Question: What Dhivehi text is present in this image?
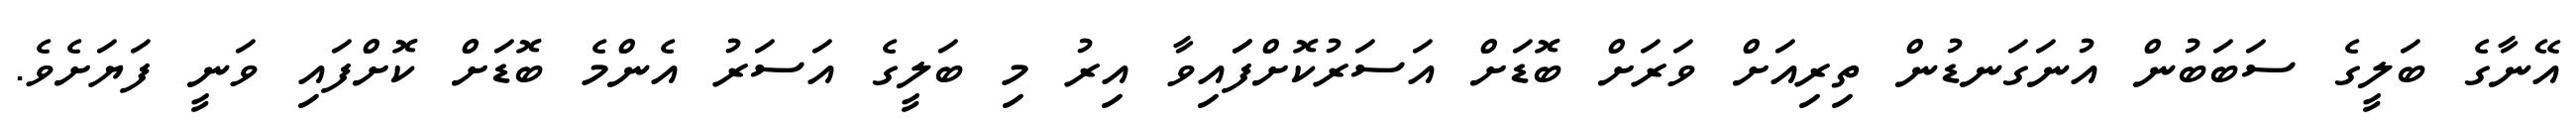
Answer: އޭނާގެ ބަލީގެ ސަބަބުން އުނަގަނޑުން ތިރިއަށް ވަރަށް ބޮޑަށް އަސަރުކޮށްފަައިވާ އިރު މި ބަލީގެ އަސަރު އެންމެ ބޮޑަށް ކޮށްފައި ވަނީ ފަޔަށެވެ.